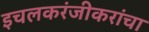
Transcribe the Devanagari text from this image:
इचलकरंजीकरांचा